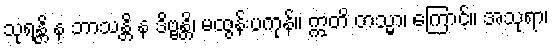
သုရန္တိ န ဘာသန္တိ န ဒိဗ္ဗန္တိ၊ မထွန်းပကုန်။ ဣတိ တသ္မာ၊ ကြောင့်။ အသုရာ၊